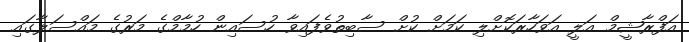
އަފްރާޝީމް އަލީ އަވަހާރަކޮށްލި ކަމަށް ކުށް ސާބިތުވެފައިވާ ހުސައިން ހުމާމްގެ މަރުގެ މައްސަލާގައި